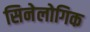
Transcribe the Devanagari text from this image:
सिनेलोगिक